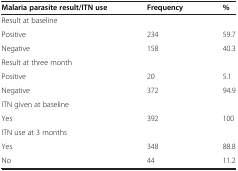
<table><thead><tr><td><b>Malaria parasite result/ITN use</b></td><td><b>Frequency</b></td><td><b>%</b></td></tr></thead><tbody><tr><td>Result at baseline</td><td> </td><td> </td></tr><tr><td>Positive</td><td>234</td><td>59.7</td></tr><tr><td>Negative</td><td>158</td><td>40.3</td></tr><tr><td>Result at three month</td><td> </td><td> </td></tr><tr><td>Positive</td><td>20</td><td>5.1</td></tr><tr><td>Negative</td><td>372</td><td>94.9</td></tr><tr><td>ITN given at baseline</td><td> </td><td> </td></tr><tr><td>Yes</td><td>392</td><td>100</td></tr><tr><td>ITN use at 3 months</td><td> </td><td> </td></tr><tr><td>Yes</td><td>348</td><td>88.8</td></tr><tr><td>No</td><td>44</td><td>11.2</td></tr></tbody></table>